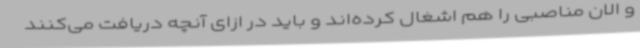
و الان مناصبی را هم اشغال کرده‌اند و باید در ازای آنچه دریافت می‌کنند